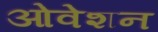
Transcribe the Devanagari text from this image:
ओवेशन